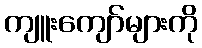
ကျူးကျော်များကို